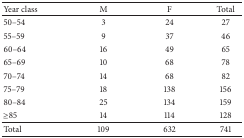
| Year class | M | F | Total |
 | --- | --- | --- | --- |
 | 50–54 | 3 | 24 | 27 |
 | 55–59 | 9 | 37 | 46 |
 | 60–64 | 16 | 49 | 65 |
 | 65–69 | 10 | 68 | 78 |
 | 70–74 | 14 | 68 | 82 |
 | 75–79 | 18 | 138 | 156 |
 | 80–84 | 25 | 134 | 159 |
 | ≥85 | 14 | 114 | 128 |
 | Total | 109 | 632 | 741 |